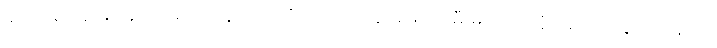
ခါတိုင်း ခေါင်းဆောင်မပါပဲ သွားလေ့ရှိသည့် စပိန်အမျိုးသမီးများက ထိုဆောင်းတွင်းတုန်းက